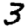
Digit: 3